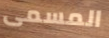
المسمى